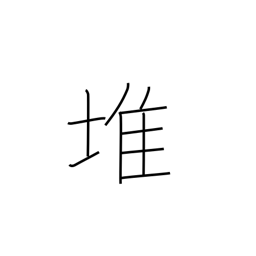
Meaning: piled high